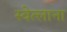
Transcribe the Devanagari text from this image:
स्वेत्लाना